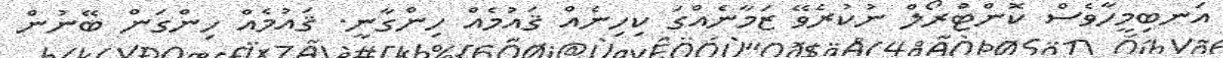
އަނބިމީހާވެސް ކޮންޓްރޯލް ނުކުރެވޭ ޒަމާނެއްގަ ކިހިނެއް ޤައުމެއް ހިންގާނީ. ޤައުމެއް ހިންގަން ބޭނުން